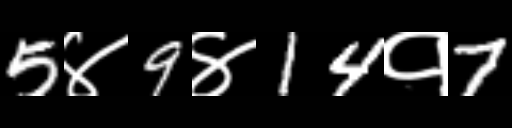
Text: 5४9४14१7